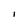
Character: 1